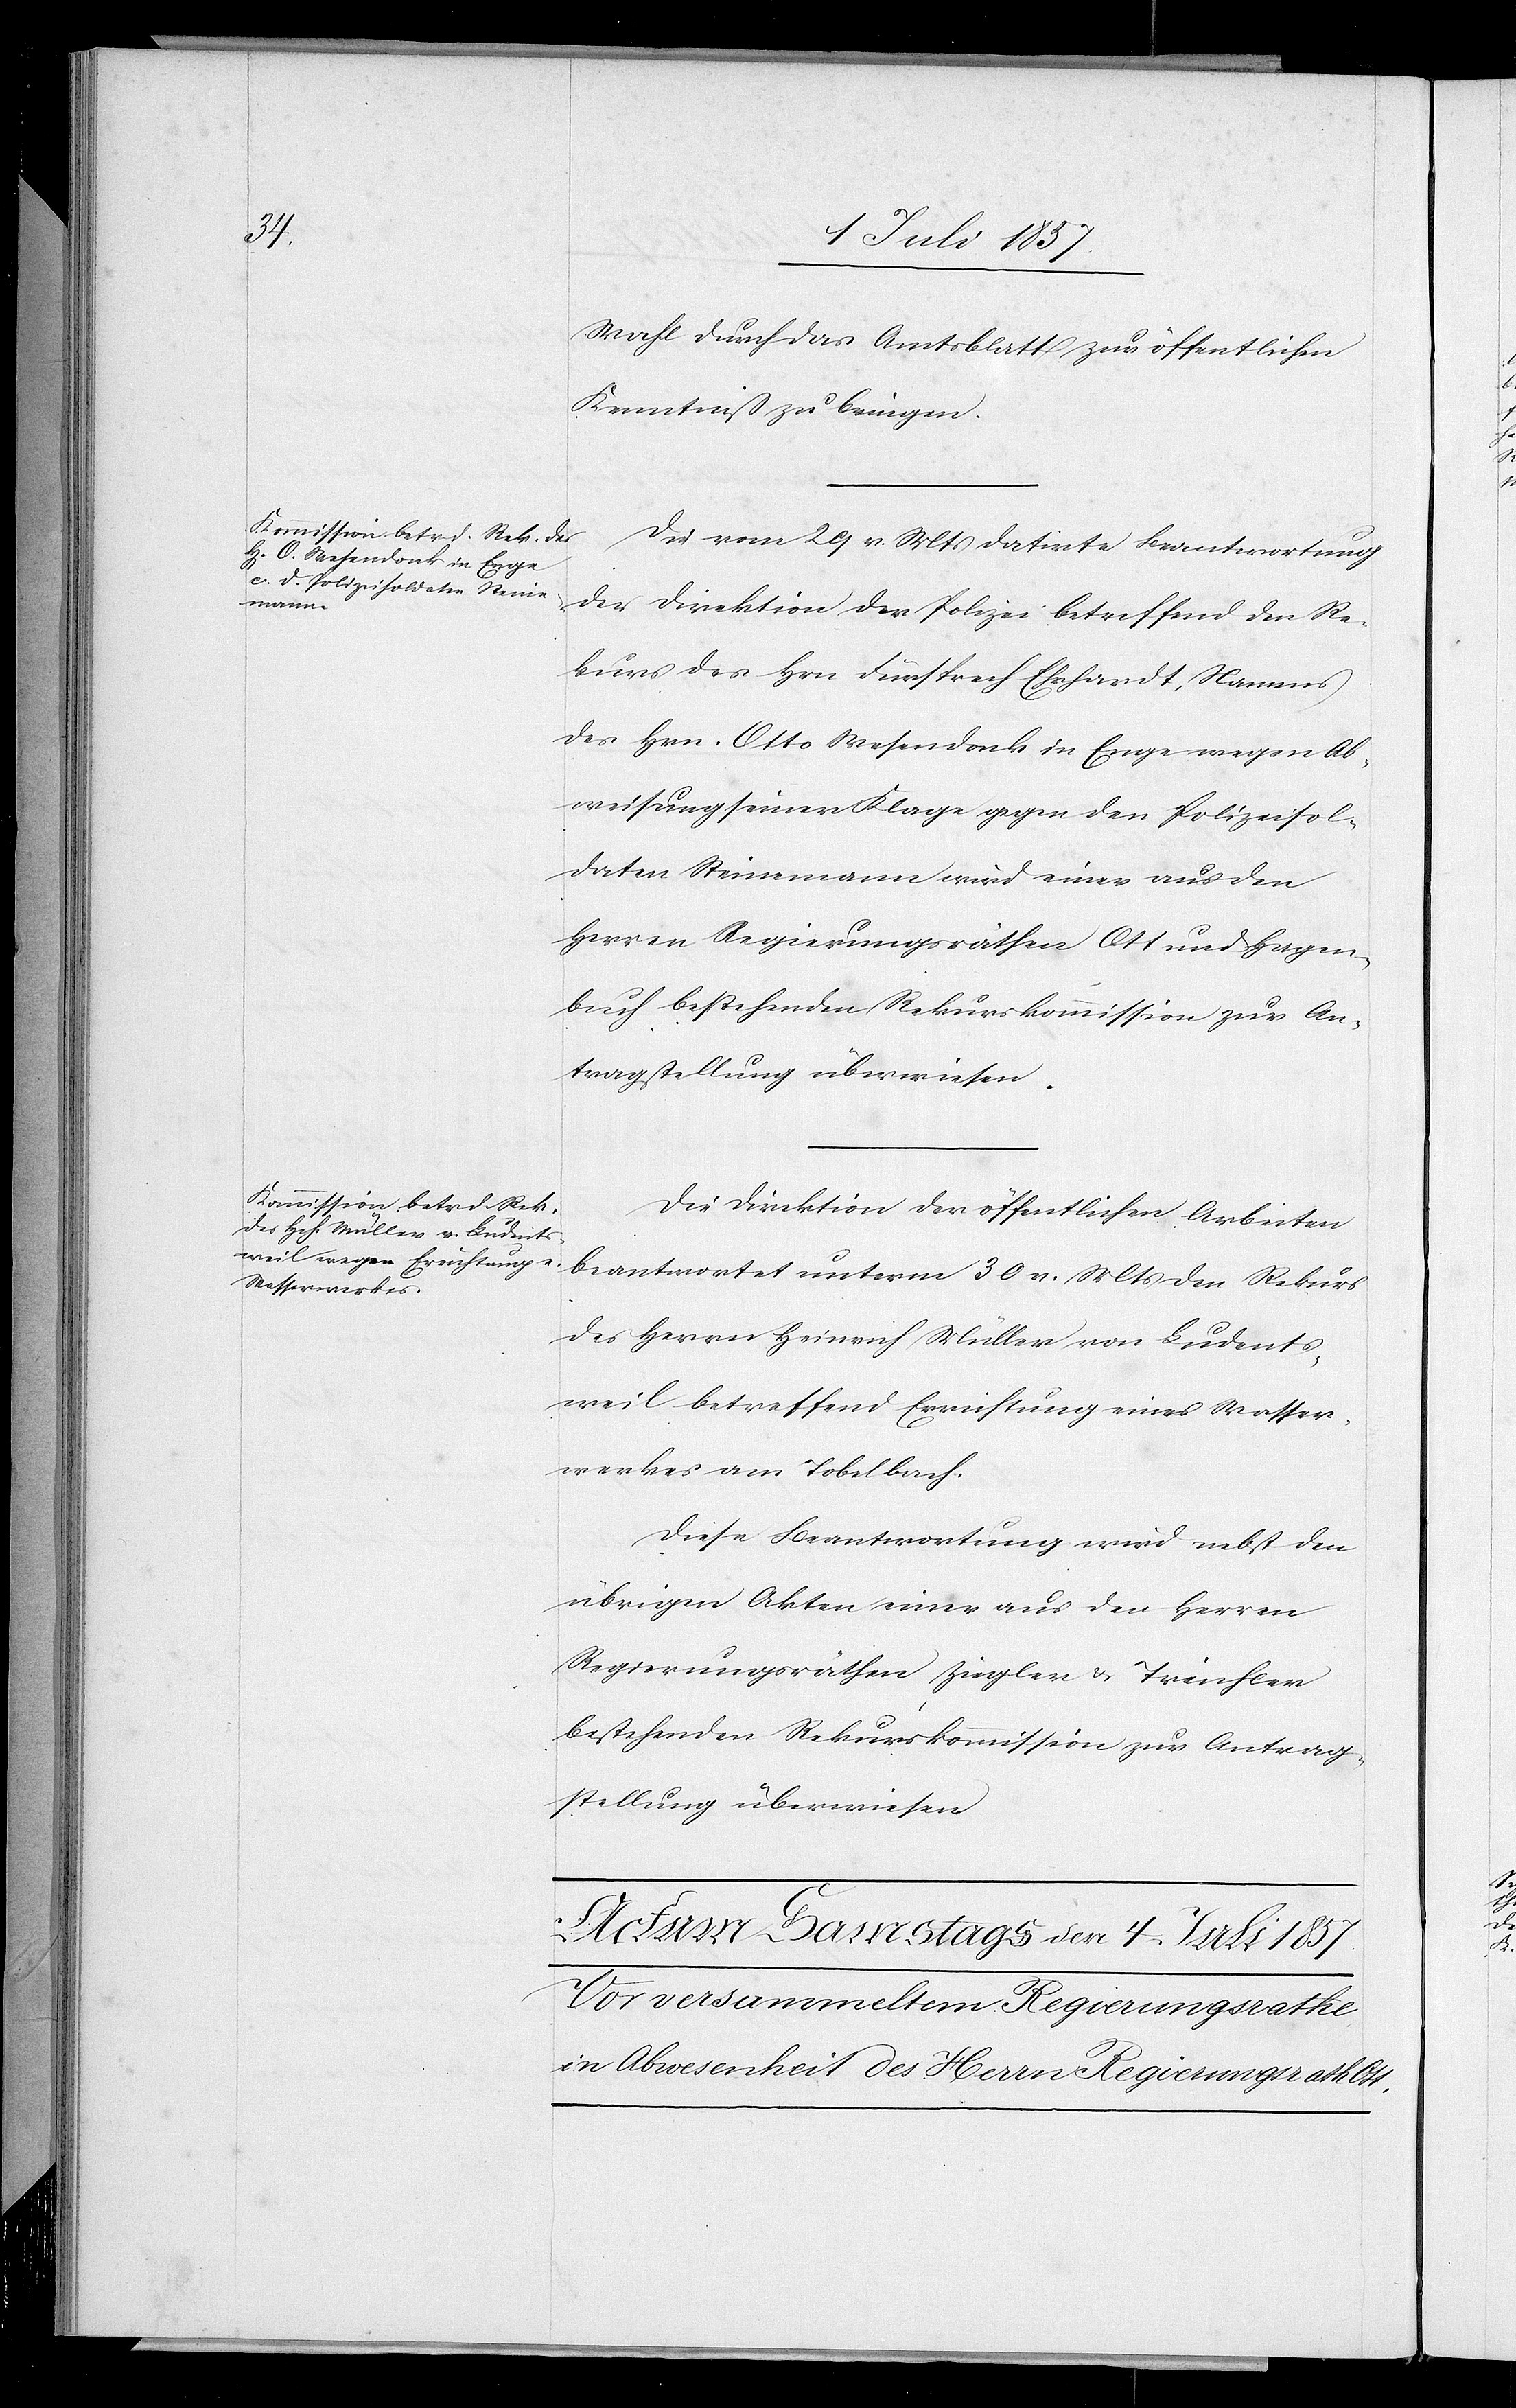
Wahl durch das Amtsblatt zur öffentlichen
Kenntniß zu bringen.
Die vom 29 v. Mts. datirte Beantwortung
der Direktion der Polizei betreffend den Re¬
kurs des Hrn. Fürsprech Ehrhardt, Namens
des Hrn. Otto Wesendank in Enge wegen Ab¬
weisung seiner Klage gegen den Polizeisol¬
daten Steinemann wird einer aus den
Herren Regierungsräthen Ott und Hagen¬
buch bestehenden Rekurskommission zur An¬
tragstellung überwiesen.
Die Direktion der öffentlichen Arbeiten
beantwortet unterm 30 v. Mts. den Rekurs
des Herrn Heinrich Müller von Ludents¬
weil betreffend Errichtung eines Wasser¬
werkes am Tobelbach.
Diese Beantwortung wird nebst den
übrigen Akten einer aus den Herren
Regierungsräthen Ziegler & Treichler
bestehenden Rekurskommission zur Antrag¬
stellung überwiesen.